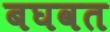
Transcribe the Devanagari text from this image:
बघवत